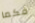
فكما